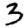
Digit: 3